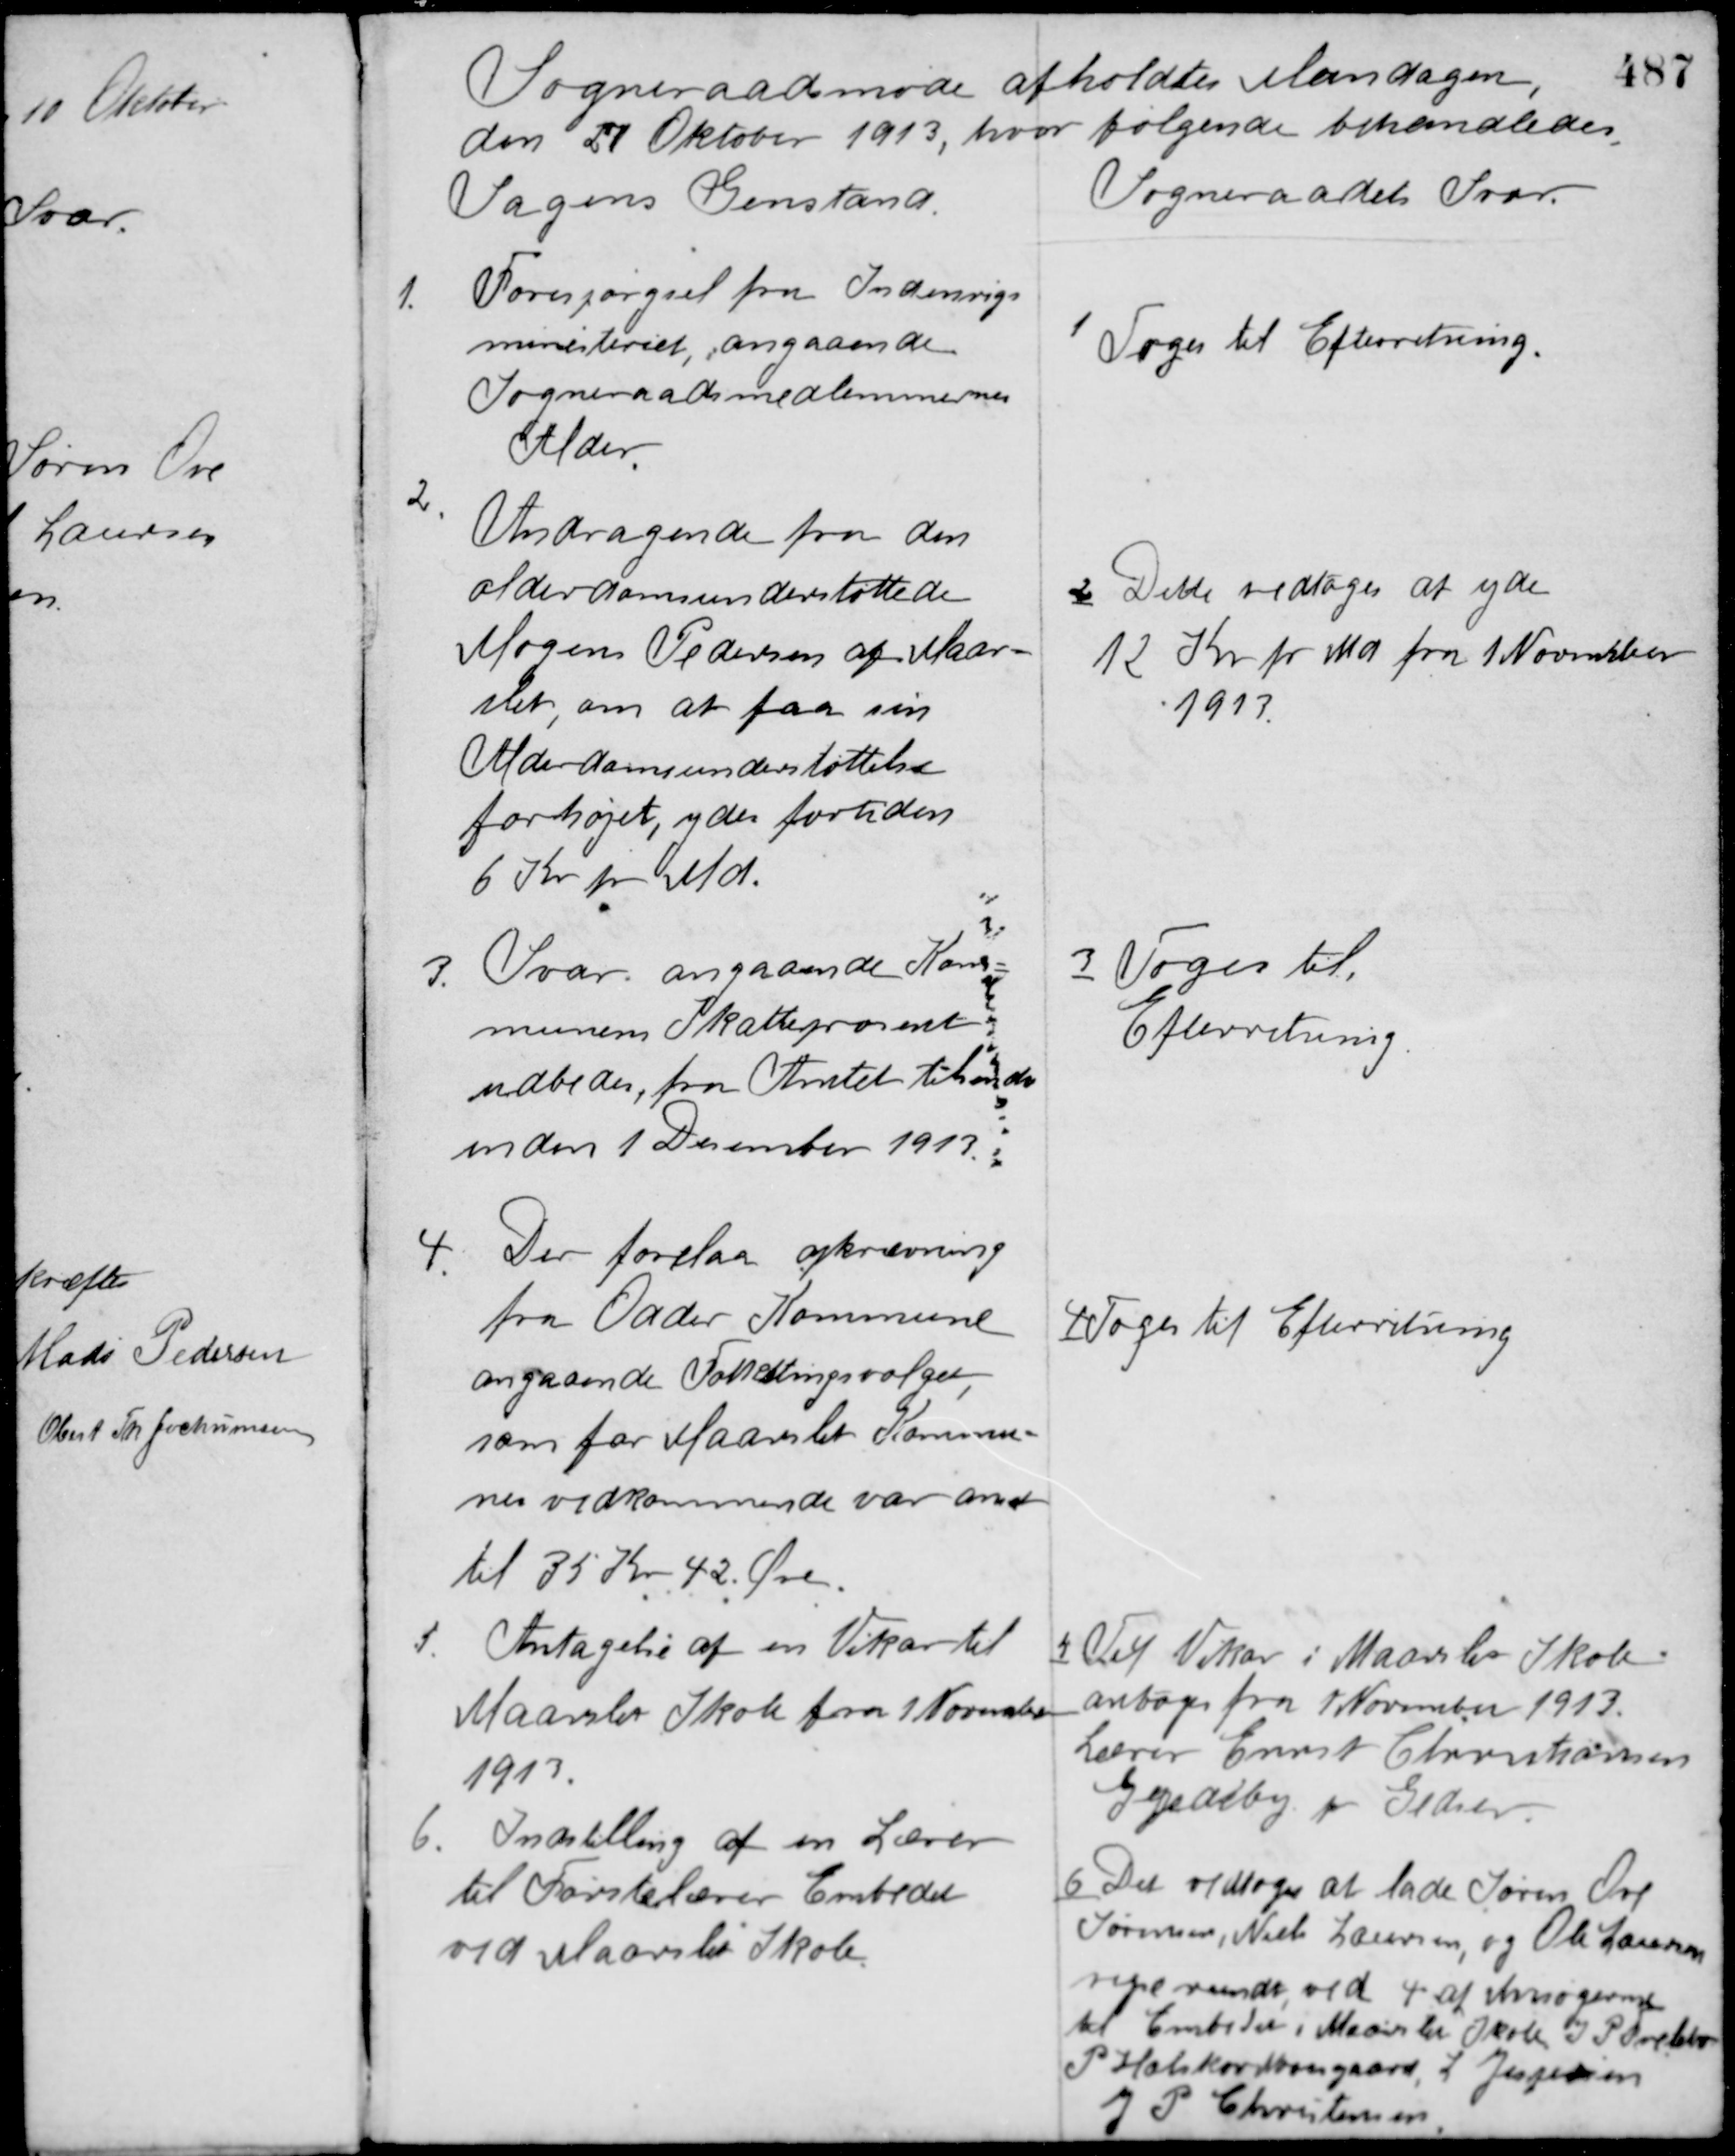
Transskription:
Sogneraadsmøde afholdtes Mandagen,
den 27 Oktober 1913, hvor følgende behandledes.

Sagens Genstand.

Sogneraadets Svar

1. Forespørgsel fra Indenrigs-
ministeriet, angaaende
Sogneraadsmedlemmernes
Alder.

1 Toges til Efterretning

2. Andragende fra den
alderdomsunderstøttede
Mogens Pedersen af Maar-
slet, om at faa sin
Alderdomsunderstøttelse
forhøjet, ydes fortiden
6 Kr. pr. Md.

2 Dette vedtoges at yde
12 Kr. pr. Md fra 1 November
1913.

3. Svar angaaende Kom-
munens Skatteprocent
udbedes, fra Amtet tilsendes
inden 1 December 1913.

3 Toges til
Efterretning

4. Der forelaa opkrævning
fra Odder Kommune
angaaende Folketingsvalget
som for Maarslet Kommu-
nes vedkommende var ansat
til 35 Kr. 42 Øre.

4 Toges til Efterretning

5. Antagelse af en Vikar til
Maarslet Skole fra 1 November
1913.

5 Til Vikar i Maarslet Skole
antoges fra 1 November 1913
Lærer Ernst Christiansen
Gedesby pr. Gedser.

6. Indstilling af en Lærer
til Førstelærer Embedet
ved Maarslet Skole.

6 Det vedtoges at lade Søren Ove
Sørensen, Niels Laursen og Ole Laursen
rejse rundt, ved 4 af Ansøgerne
til Embedet i Maarslet Skole I. Povlstrup
P. Halskov Moosgaard, L Jespersen
J. P. Christensen.